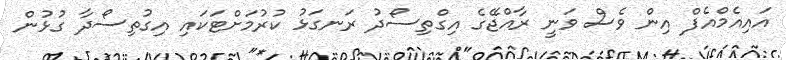
އައިއެމްއެފް އިން ވެސް ވަނީ ރާއްޖޭގެ އިގްތިސޯދު ރަނގަޅު ކުރުމަށްޓަކައި އިގުތިސޯދާ ގުޅުން